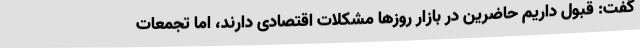
گفت: قبول داریم حاضرین در بازار روزها مشکلات اقتصادی دارند، اما تجمعات